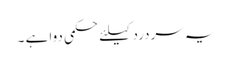
یہ سردرد کیلئے حکمی دوا ہے ۔